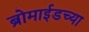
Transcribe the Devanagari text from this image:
ब्रोमाईडच्या